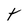
Character: t